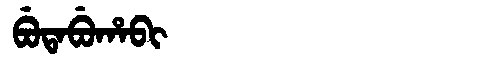
Manchu: ᠪᡠᡨᠠᠪᡠᡥᠠᠪᡳ
Romanization: BUTABUHABI